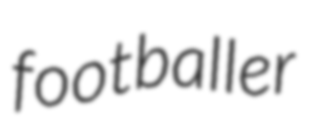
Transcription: footballer